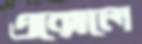
এক্সেলে